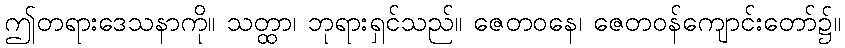
ဤတရားဒေသနာကို။ သတ္ထာ၊ ဘုရားရှင်သည်။ ဇေတဝနေ၊ ဇေတဝန်ကျောင်းတော်၌။